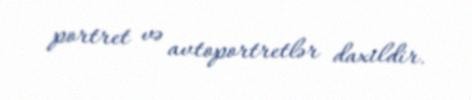
portret və avtoportretlər daxildir.